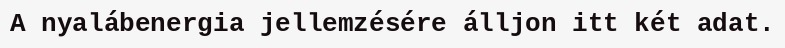
A nyalábenergia jellemzésére álljon itt két adat.